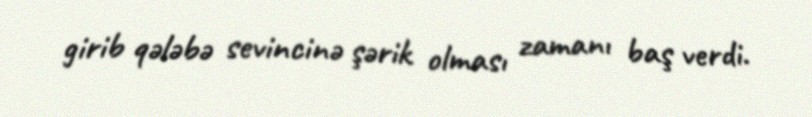
girib qələbə sevincinə şərik olması zamanı baş verdi.